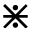
\divideontimes